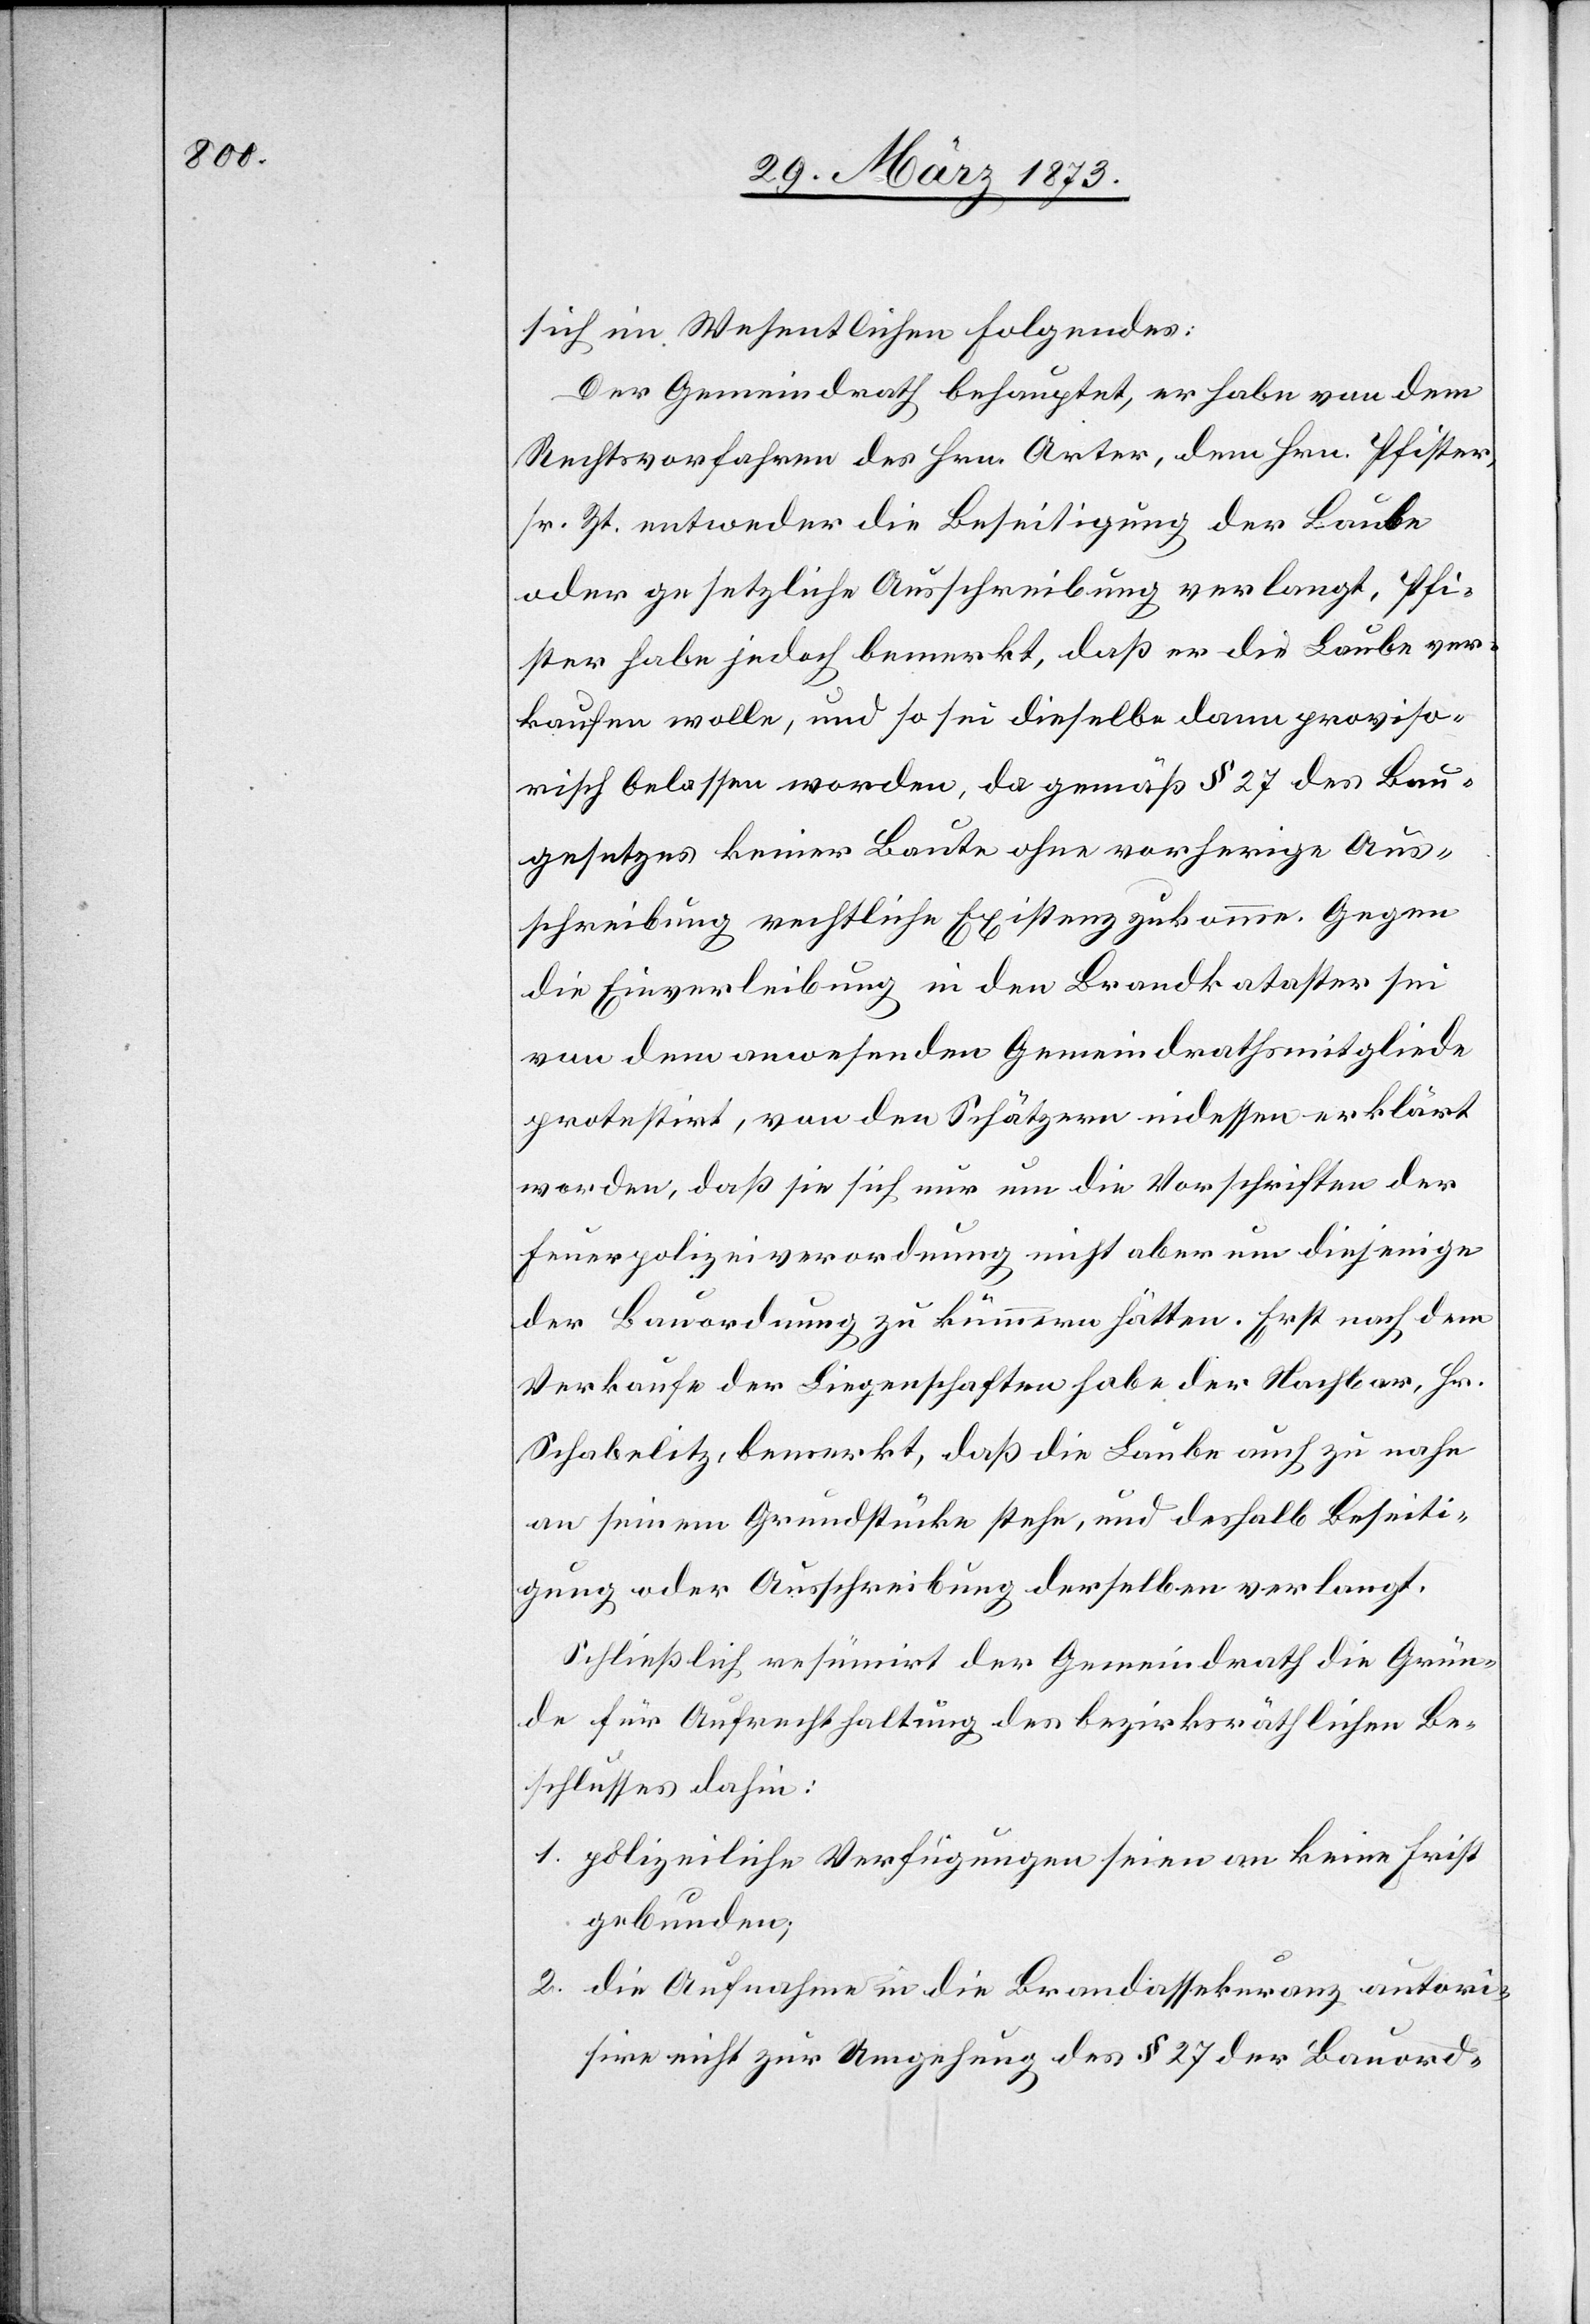
sich im Wesentlichen Folgendes:
Der Gemeindrath behauptet, er habe von dem
Rechtsvorfahren des Hrn. Arter, dem Hrn. Pfister
sr. Zt. entweder die Beseitigung der Laube
oder gesetzliche Ausschreibung verlangt. Pfi¬
ster habe jedoch bemerkt, daß er die Laube ver¬
kaufen wolle, und so sei dieselbe dann proviso¬
risch belassen worden, da gemäß § 27 des Bau¬
gesetzes keiner Baute ohne vorherige Aus¬
schreibung rechtliche Existenz zukomme. Gegen
die Einverleibung in den Brandkataster sei
von dem anwesenden Gemeindrathsmitgliede
protestirt, von den Schätzern indessen erklärt
worden, daß sie sich nur um die Vorschriften der
Feuerpolizeiverordnung nicht aber um diejenige
der Bauordnung zu kümmern hätten. Erst nach dem
Verkaufe der Liegenschaften habe der Nachbar, Hr.
Schabelitz, bemerkt, daß die Laube auch zu nahe
an seinem Grundstücke stehe, und deshalb Beseiti¬
gung oder Ausschreibung derselben verlangt.
Schließlich resümirt der Gemeindrath die Grün¬
de für Aufrechthaltung des bezirksräthlichen Be¬
schlusses dahin:
1. polizeiliche Verfügungen seien an keine Frist
gebunden;
2. die Aufnahme in die Brandassekuranz autori¬
sire nicht zur Umgehung des § 27 der Bauord-